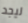
ليجد